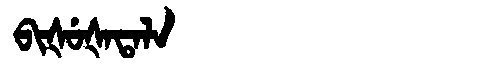
Manchu: ᠪᡳᡧᡠᡧᠠᡨᠠᠯᠠ
Romanization: BIŠUŠATALA